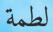
لطمة